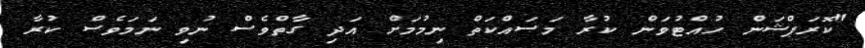
"ކޮރަޕްޝަން ހުއްޓުވަން ކުރާ މަސައްކަތް ނިމުމަށް އަދި ގާތްވެސް ނުވި ނަމަވެސް ކުރާ